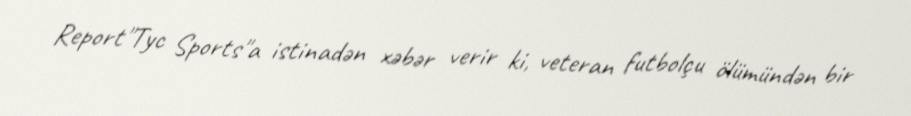
Report"Tyc Sports"a istinadən xəbər verir ki, veteran futbolçu ölümündən bir